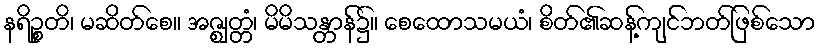
နရိဉ္စတိ၊ မဆိတ်စေ။ အဇ္ဈတ္တံ၊ မိမိသန္တာန်၌။ စေထောသမယံ၊ စိတ်၏ဆန့်ကျင်ဘတ်ဖြစ်သော